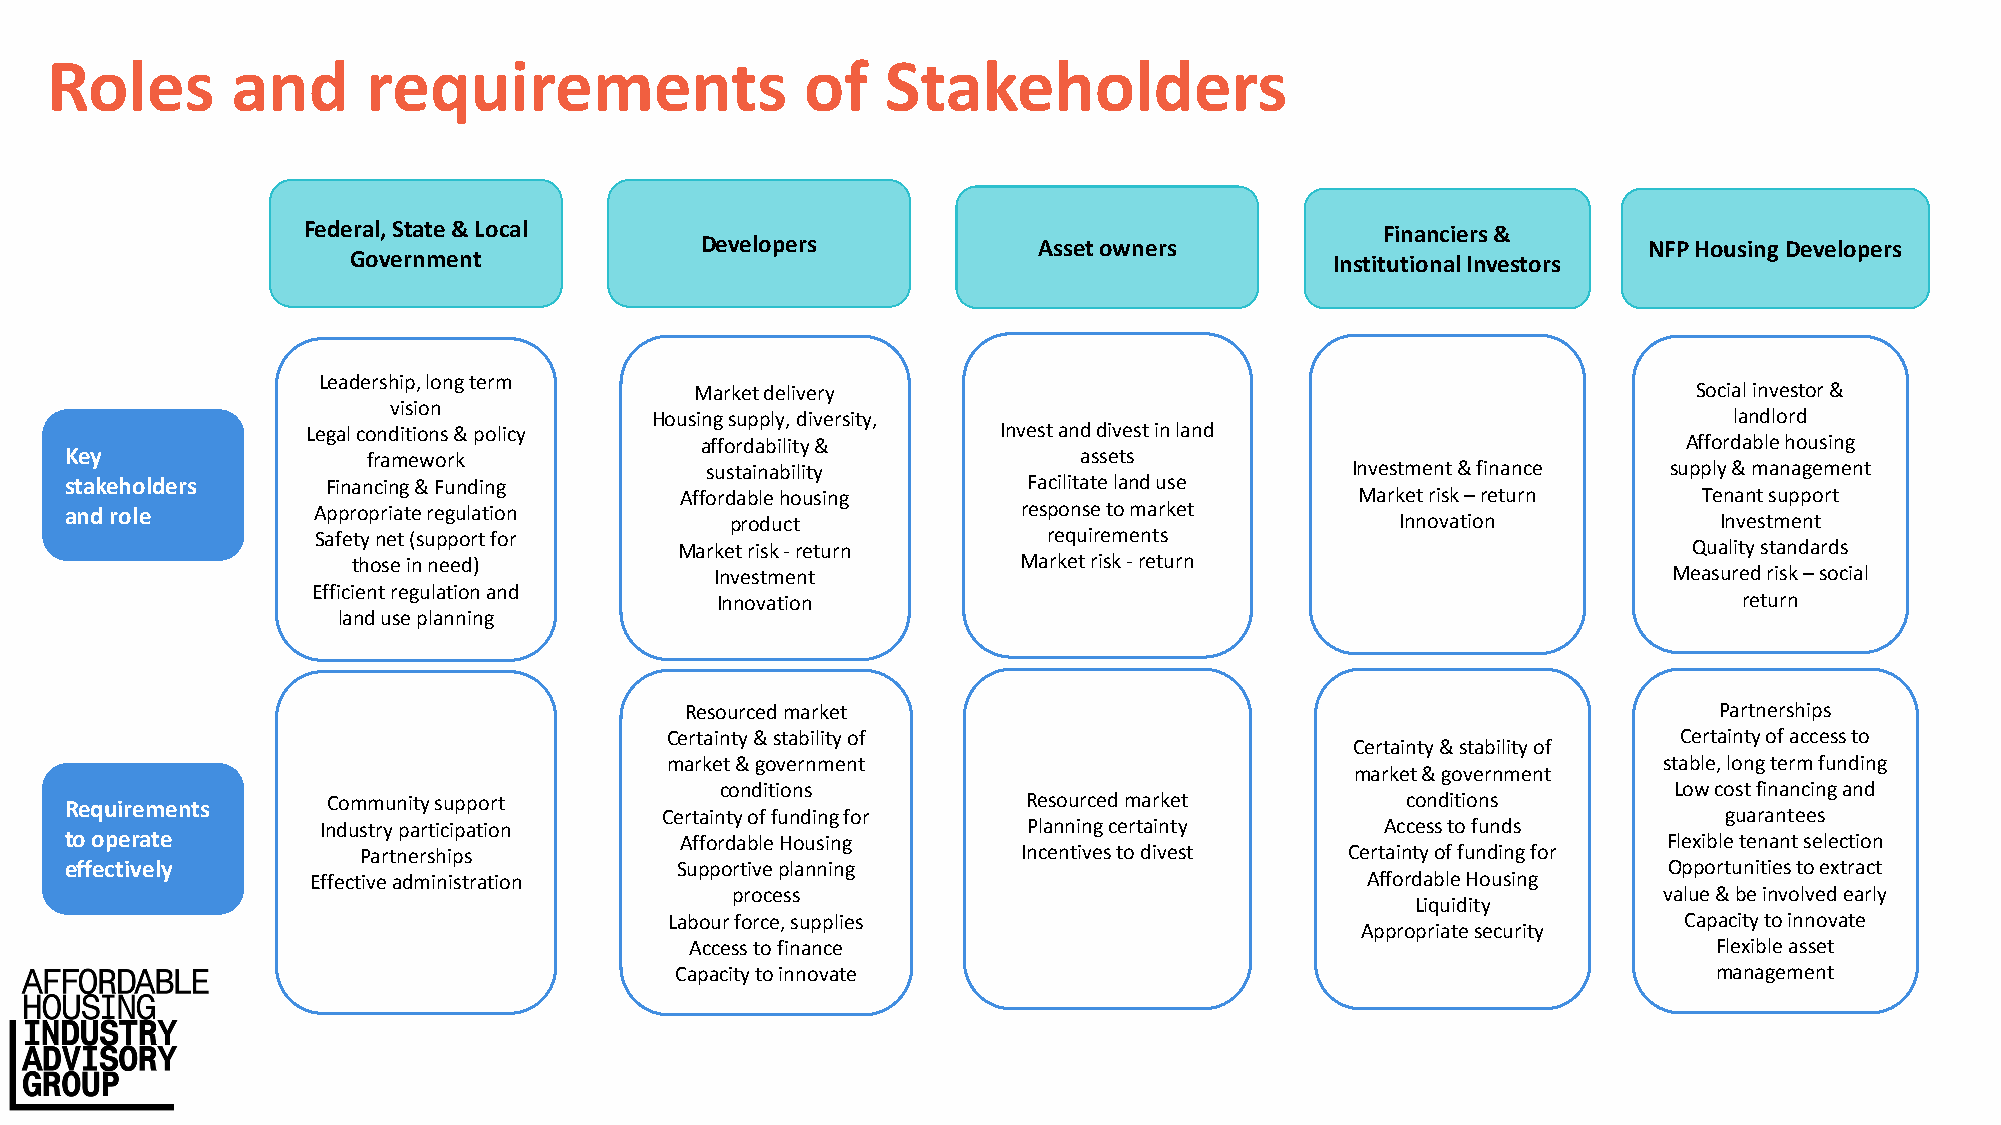
Roles       and      requirements                 of    Stakeholders
 Federal, State & Local                                                  Financiers &
 Developers             Asset owners                            NFP Housing Developers
 Government                                                       Institutional Investors
 Leadership, long term
 Market delivery                                                   Social investor &
 vision
 Housing supply, diversity,                                              landlord
 Legal conditions & policy                     Invest and divest in land
 affordability &                                                   Affordable housing
 Key                 framework                                      assets
 sustainability                            Investment & finance supply & management
 stakeholders      Financing & Funding                           Facilitate land use
 Affordable housing                           Market risk –return    Tenant support
 and role         Appropriate regulation     product             response to market       Innovation           Investment
 Safety net (support for                         requirements
 Market risk -return                                                Quality standards
 those in need)                               Market risk -return
 Investment                                                      Measured risk –social
 Efficient regulation and
 Innovation                                                          return
 land use planning
 Resourced market                                                     Partnerships
 Certainty & stability of                                           Certainty of access to
 Certainty & stability of
 market & government                                               stable, long term funding
 market & government
 conditions                                                     Low cost financing and
 Requirements      Community support     Certainty of funding for Resourced market        conditions           guarantees
 Industry participation                         Planning certainty      Access to funds
 to operate                               Affordable Housing                                               Flexible tenant selection
 Partnerships                                Incentives to divest Certainty of funding for
 effectively                              Supportive planning                                              Opportunities to extract
 Effective administration                                              Affordable Housing
 process                                                       value & be involved early
 Liquidity
 Labour force, supplies                                             Capacity to innovate
 Appropriate security
 Access to finance                                                   Flexible asset
 Capacity to innovate                                                 management